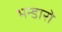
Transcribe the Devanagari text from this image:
भन्डारो